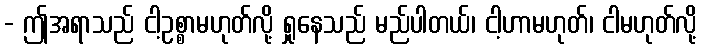
- ဤအရာသည် ငါ့ဥစ္စာမဟုတ်လို့ ရှုနေသည် မည်ပါတယ်၊ ငါ့ဟာမဟုတ်၊ ငါမဟုတ်လို့